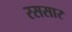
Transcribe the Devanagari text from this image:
रससार